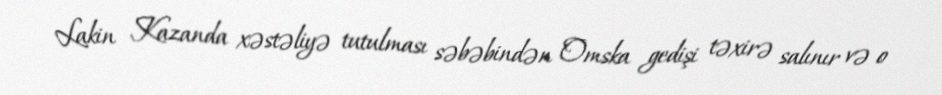
Lakin Kazanda xəstəliyə tutulması səbəbindən Omska gedişi təxirə salınır və o